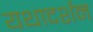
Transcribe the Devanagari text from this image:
यथादर्शन